Vaccination in the Punjab 1883-1896 - 1883-1896
Year: 1883
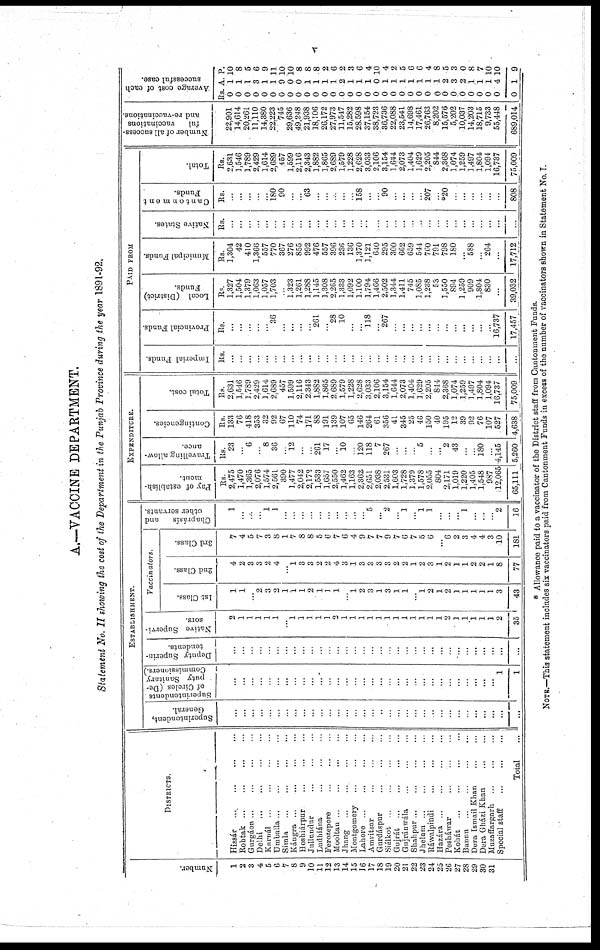
V
A.—VACCINE DEPARTMENT.
Statement No. II showing the cost of the Department in the Punjab Province during the year 1891-92.
Number.
1
2
3
4
5
6
7
8
9
10
11
13
13
14
15
16
17
18
19
20
21
22
23
24
25
26
27
28
29
30
31
DISTRICTS.
Hissár ... ... ... ...
Rohtak ... ... ... ...
Gurgáon ... ... ... ...
Delhi
...
...
...
...
Karnál ... ... ... ...
Umballa ... ... ... ...
Simla ... ... ... ...
Kángra ... ... ... ...
Hoshiárpur ... ... ...
Jullundur ... ... ...
Ludhiána ... ... ...
Ferozepore ... ... ...
Mootan ... ... ... ...
Jhang ... ... ... ...
Montgomery ... ... ...
Lahore ... ... ... ...
Amritsar ... ... ...
Gurdáspur
...
...
...
Siálkot ... ... ... ...
Gujrát ... ... ... ...
Gujránwála ... ... ...
Shahpur
...
...
...
...
Jhelum ... ... ... ...
Ráwalpindi
...
...
...
Hazára ... ... ... ...
Pesháwar ... ... ...
Kohát ... ... ... ...
Bannu ... ... ... ...
Dera Ismail Khan ... ...
Dera Gházi Khan ... ...
Muzaffargarh ... ... ...
Special staff
...
...
...
Total ...
ESTABLISHMENT.
Superintendent,
General.
...
...
...
...
...
...
...
...
...
...
...
...
...
...
...
...
...
...
...
...
...
...
...
...
...
...
...
...
...
...
...
...
...
Superintendents
of Circles (De-
puty Sanitary
Commissioners.)
...
...
...
...
...
...
...
...
...
...
...
...
...
...
...
...
...
...
...
...
...
...
...
...
...
...
...
...
...
...
...
1
1
Deputy Superin-
tendents.
...
...
...
...
...
...
...
...
...
...
...
...
...
...
...
...
...
...
...
...
...
...
...
...
...
...
...
...
...
...
...
...
...
Native Supervi-
sors.
2
1
1
1
1
1
...
1
1
1
1
1
2
1
1
1
1
1
1
1
1
1
1
1
1
2
1
1
1
1
1
2
35
Vaccinators.
1st Class.
1
1
...
2
3
2
1
1
1
2
1
1
1
...
1
2
3
1
3
1
1
...
1
2
1
2
1
1
1
1
1
3
43
2nd Class.
4
2
3
3
2
4
...
1
3
3
2
2
4
3
1
3
3
3
3
2
2
1
2
3
1
2
1
1
2
2
1
8
77
3rd Class.
7
4
5
7
3
8
1
7
8
8
5
6
7
6
4
9
7
7
9
7
6
7
5
6
...
6
2
3
4
4
3
10
181
Chaprásís
and
other servants.
1
...
...
...
1
1
...
...
...
...
...
...
...
...
...
...
5
...
2
...
1
...
1
1
...
...
...
1
...
...
...
2
16
EXPENDITURE.
Pay of establish-
ment.
Rs.
2,475
1,470
1,365
2,076
1,574
2,561
390
1,477
2,042
2,172
1,533
1.657
2,550
1,462
1,163
2,362
2,651
2,038
2,531
1,603
1,728
1,379
1,578
2,055
804
2,171
1,019
1,220
1,405
1,548
987
12,065
65,111
Travelling allow-
ance.
Rs.
23
...
6
...
8
36
...
12
...
...
261
17
...
10
...
120
118
7
267
...
...
...
5
...
...
2
43
...
...
180
...
4,145
5,260
Contingencies.
Rs.
133
76
418
353
32
92
67
110
74
171
88
191
139
107
65
146
264
61
356
41
345
25
46
150
40
195
12
39
92
76
107
527
4,638
Total cost.
Rs.
2,631
1,546
1,789
2,429
1,614
2,689
457
1,599
2,116
2.343
1,882
1,865
2,689
1,579
1,228
2,628
3,033
2,106
3,154
1,644
2,073
1,404
1,629
2,205
844
2,368
1,074
1,259
1,497
1,804
1,094
16,737
75,009
PAID FROM
Imperial Funds.
Rs.
...
...
...
...
...
...
...
...
...
...
...
...
...
...
...
...
...
...
...
...
...
...
...
...
...
...
...
...
...
...
...
...
...
Provincial Funds.
Rs.
...
...
...
...
...
36
...
...
...
...
261
...
28
10
...
...
118
...
267
...
...
...
...
...
...
...
...
...
...
...
...
16,737
17,457
Local (District)
Funds.
Rs.
1,327
1,504
1,379
1,063
1,057
1,703
...
1,323
1,261
1,288
1,145
1,308
2,265
1,333
1,092
1,100
1,794
1,466
2,502
1,344
1,411
745
1,085
1,238
53
1,550
894
1,259
909
1,804
830
...
39,032
Municipal Funds.
Rs.
1,304
42
410
1,366
557
770
367
276
855
992
476
557
396
236
136
1,370
1,121
640
295
300
662
659
544
760
791
798
180
...
588
...
264
...
17,712
Native States.
Rs.
...
...
...
...
...
...
...
...
...
...
...
...
...
...
...
...
...
...
...
...
...
...
...
...
...
...
...
...
...
...
...
...
...
Cantonment
Funds.
Rs.
...
...
...
...
...
180
90
...
...
63
...
...
...
...
...
158
...
...
90
...
...
...
...
207
...
*20
...
...
...
...
...
...
808
Total.
Rs.
2,631
1,546
1,789
2,429
1,614
2,689
457
1,599
2,116
2,343
1,882
1,865
2,689
1,579
1,228
2,628
3,033
2,106
3,154
1,644
2,073
1,404
1,629
2,205
844
2,368
1,074
1,259
1,497
1,804
1,094
16,737
75,009
Number of all success-
ful
vaccinations
and re-vaccinations.
22,901
14,614
20,261
11,110
14,380
22,223
745
29,636
49,248
21,938
18,106
26,172
27,973
11,547
15,282
28,598
37,154
38,723
36,736
22,088
23,541
14,698
17,461
26,763
8,202
15,576
5,202
10,037
14,203
18,715
9,733
55,448
689,014
Average cost of each
successful case.
Rs.
0
0
0
0
0
0
0
0
0
0
0
0
0
0
0
0
0
0
0
0
0
0
0
0
0
0
0
0
0
0
0
0
0
A.
1
1
1
3
1
1
9
0
0
1
1
1
1
2
1
1
1
0
1
1
1
1
1
1
1
2
3
2
1
1
1
4
1
P.
10
8
5
6
9
11
10
10
8
8
8
2
6
2
3
6
4
10
4
2
5
6
6
4
8
5
3
0
8
7
10
10
9
* Allowance paid to a vaccinator of the District staff from Cantonment Funds.
NOTE.—This statement includes six vaccinators paid from Cantonment Funds in excess of the number of vaccinators shown in Statement No. I.